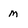
Character: M